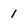
Character: 1